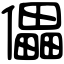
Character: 儡